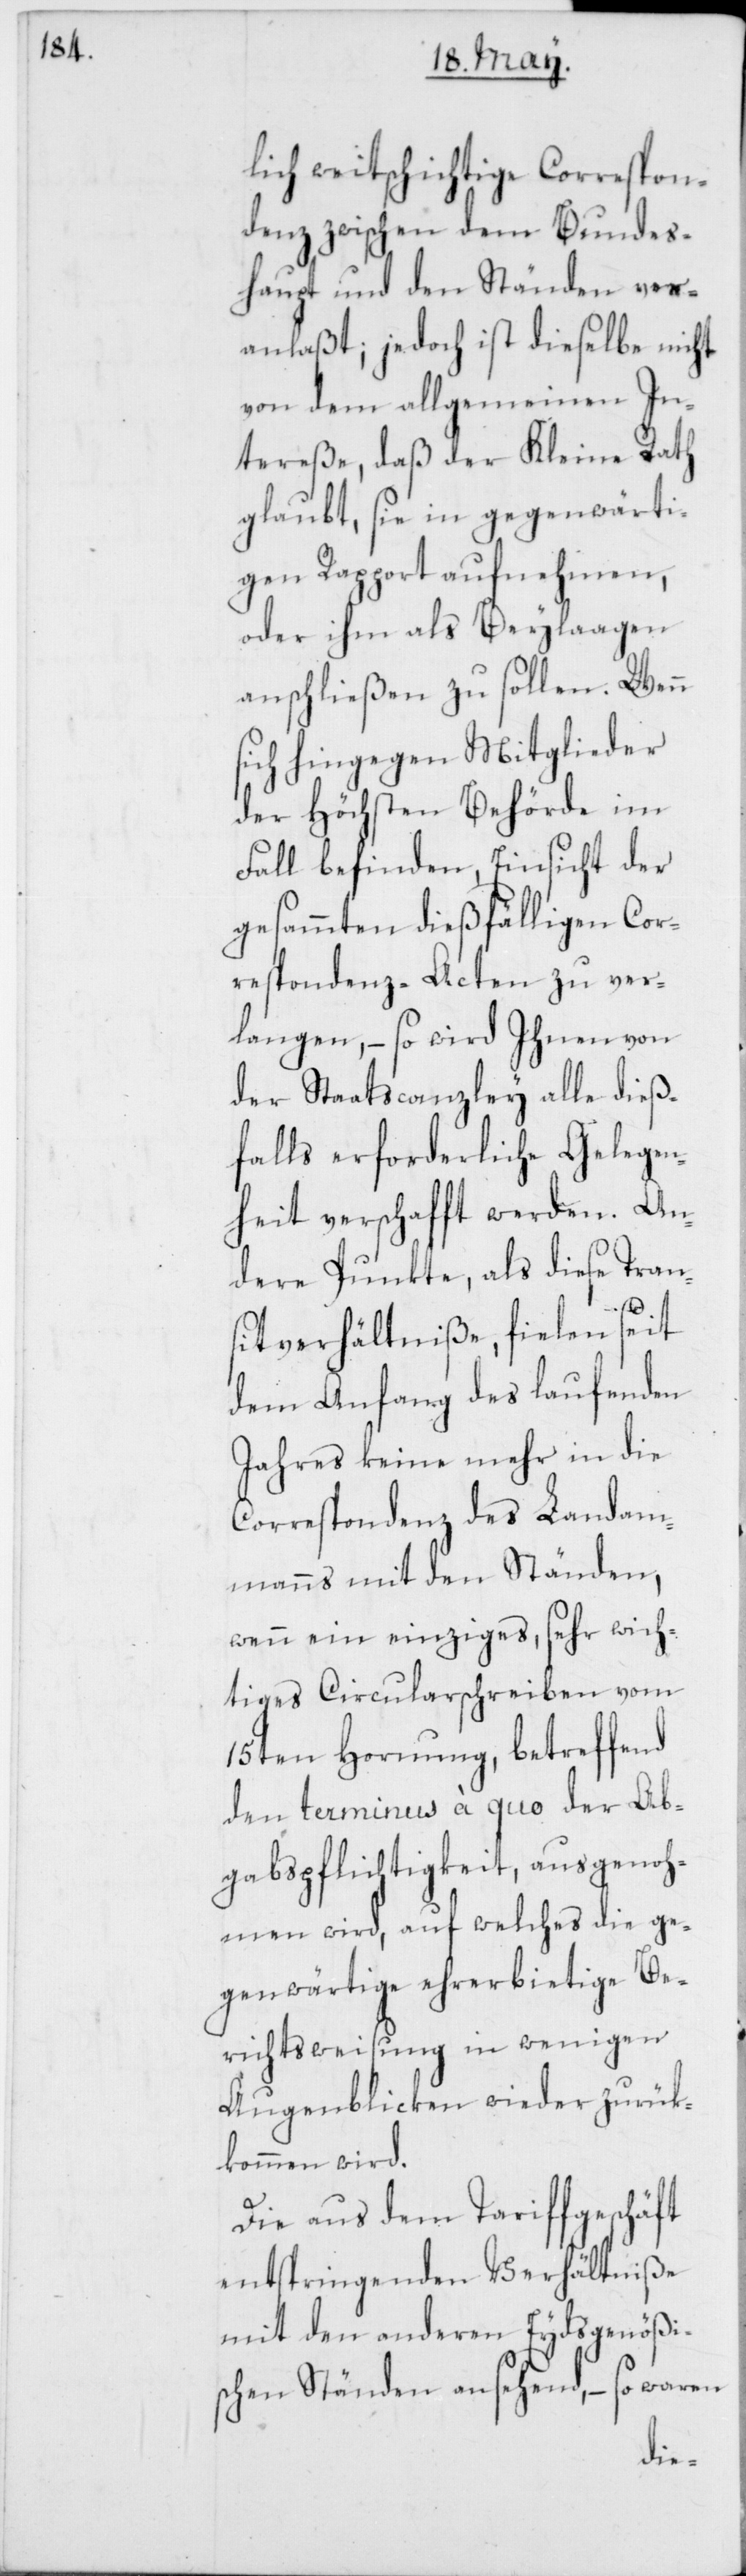
lich weitschichtige Correspon¬
denz zwischen dem Bundes¬
haupt und den Ständen ver¬
anlaßt; jedoch ist dieselbe nicht
von dem allgemeinen In¬
tereße, daß der Kleine Rath
glaubt, sie in gegenwärti¬
gen Rapport aufnehmen,
oder ihm als Beylaagen
anschließen zu sollen. Wenn
sich hingegen Mitglieder
der Höchsten Behörde im
Fall befinden, Einsicht der
gesammten dießfälligen Cor¬
respondenz-Acten zu ver¬
langen, – so wird Ihnen von
der Staatscanzley alle dieß¬
falls erforderliche Gelegen¬
heit verschafft werden. An¬
dere Punkte, als diese Tran¬
sitverhältniße, fielen seit
dem Anfang des laufenden
Jahres keine mehr in die
Correspondenz des Landam¬
manns mit den Ständen,
wenn ein einziges, sehr wich¬
tiges Circularschreiben vom
15ten Hornung, betreffend
den terminus à quo der Ab¬
gabspflichtigkeit, ausgenoh¬
men wird, auf welches die ge¬
genwärtige ehrerbietige Be¬
richtsweisung in wenigen
Augenblicken wieder zurük¬
kommen wird.
Die aus dem Tariffgeschäft
entspringenden Verhältniße
mit den anderen Eydsgenößis¬
chen Ständen ansehend, – so waren